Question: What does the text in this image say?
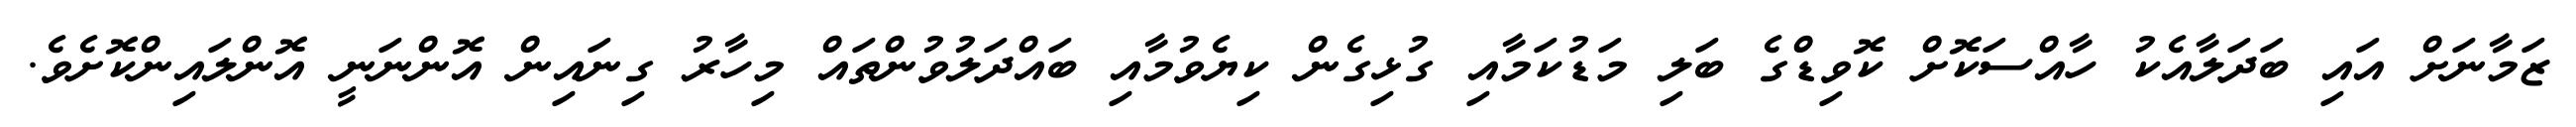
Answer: ޒަމާނަށް އައި ބަދަލާއެކު ހާއްސަކޮށް ކޮވިޑްގެ ބަލި މަޑުކަމާއި ގުޅިގެން ކިޔެވުމާއި ބައްދަލުވުންތައް މިހާރު ގިނައިން އޮންނަނީ އޮންލައިންކޮށެވެ.